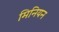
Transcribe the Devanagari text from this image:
मिनियन